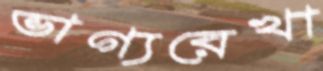
ভাগ্যরেখা